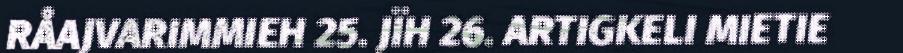
RÅAJVARIMMIEH 25. JÏH 26. ARTIGKELI MIETIE